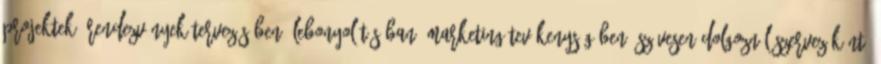
projektek, rendezvények tervezésében, lebonyolításában, marketing tevékenységében. Szívesen dolgoznál szervezőként?